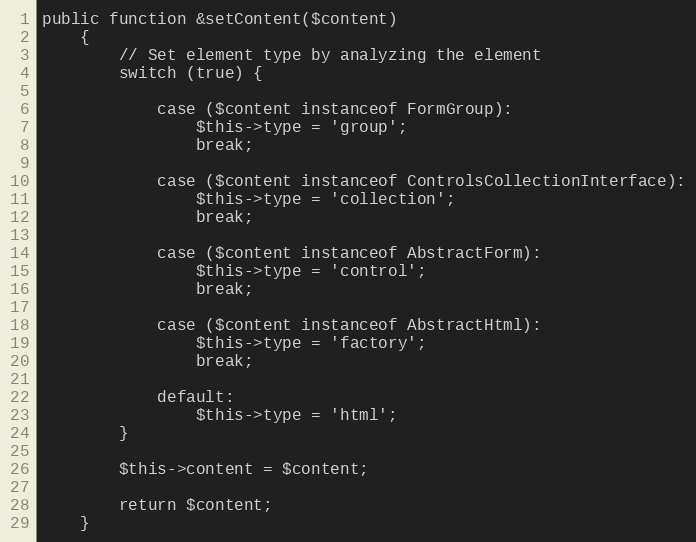
Language: PHP
public function &setContent($content)
    {
        // Set element type by analyzing the element
        switch (true) {

            case ($content instanceof FormGroup):
                $this->type = 'group';
                break;

            case ($content instanceof ControlsCollectionInterface):
                $this->type = 'collection';
                break;

            case ($content instanceof AbstractForm):
                $this->type = 'control';
                break;

            case ($content instanceof AbstractHtml):
                $this->type = 'factory';
                break;

            default:
                $this->type = 'html';
        }

        $this->content = $content;

        return $content;
    }